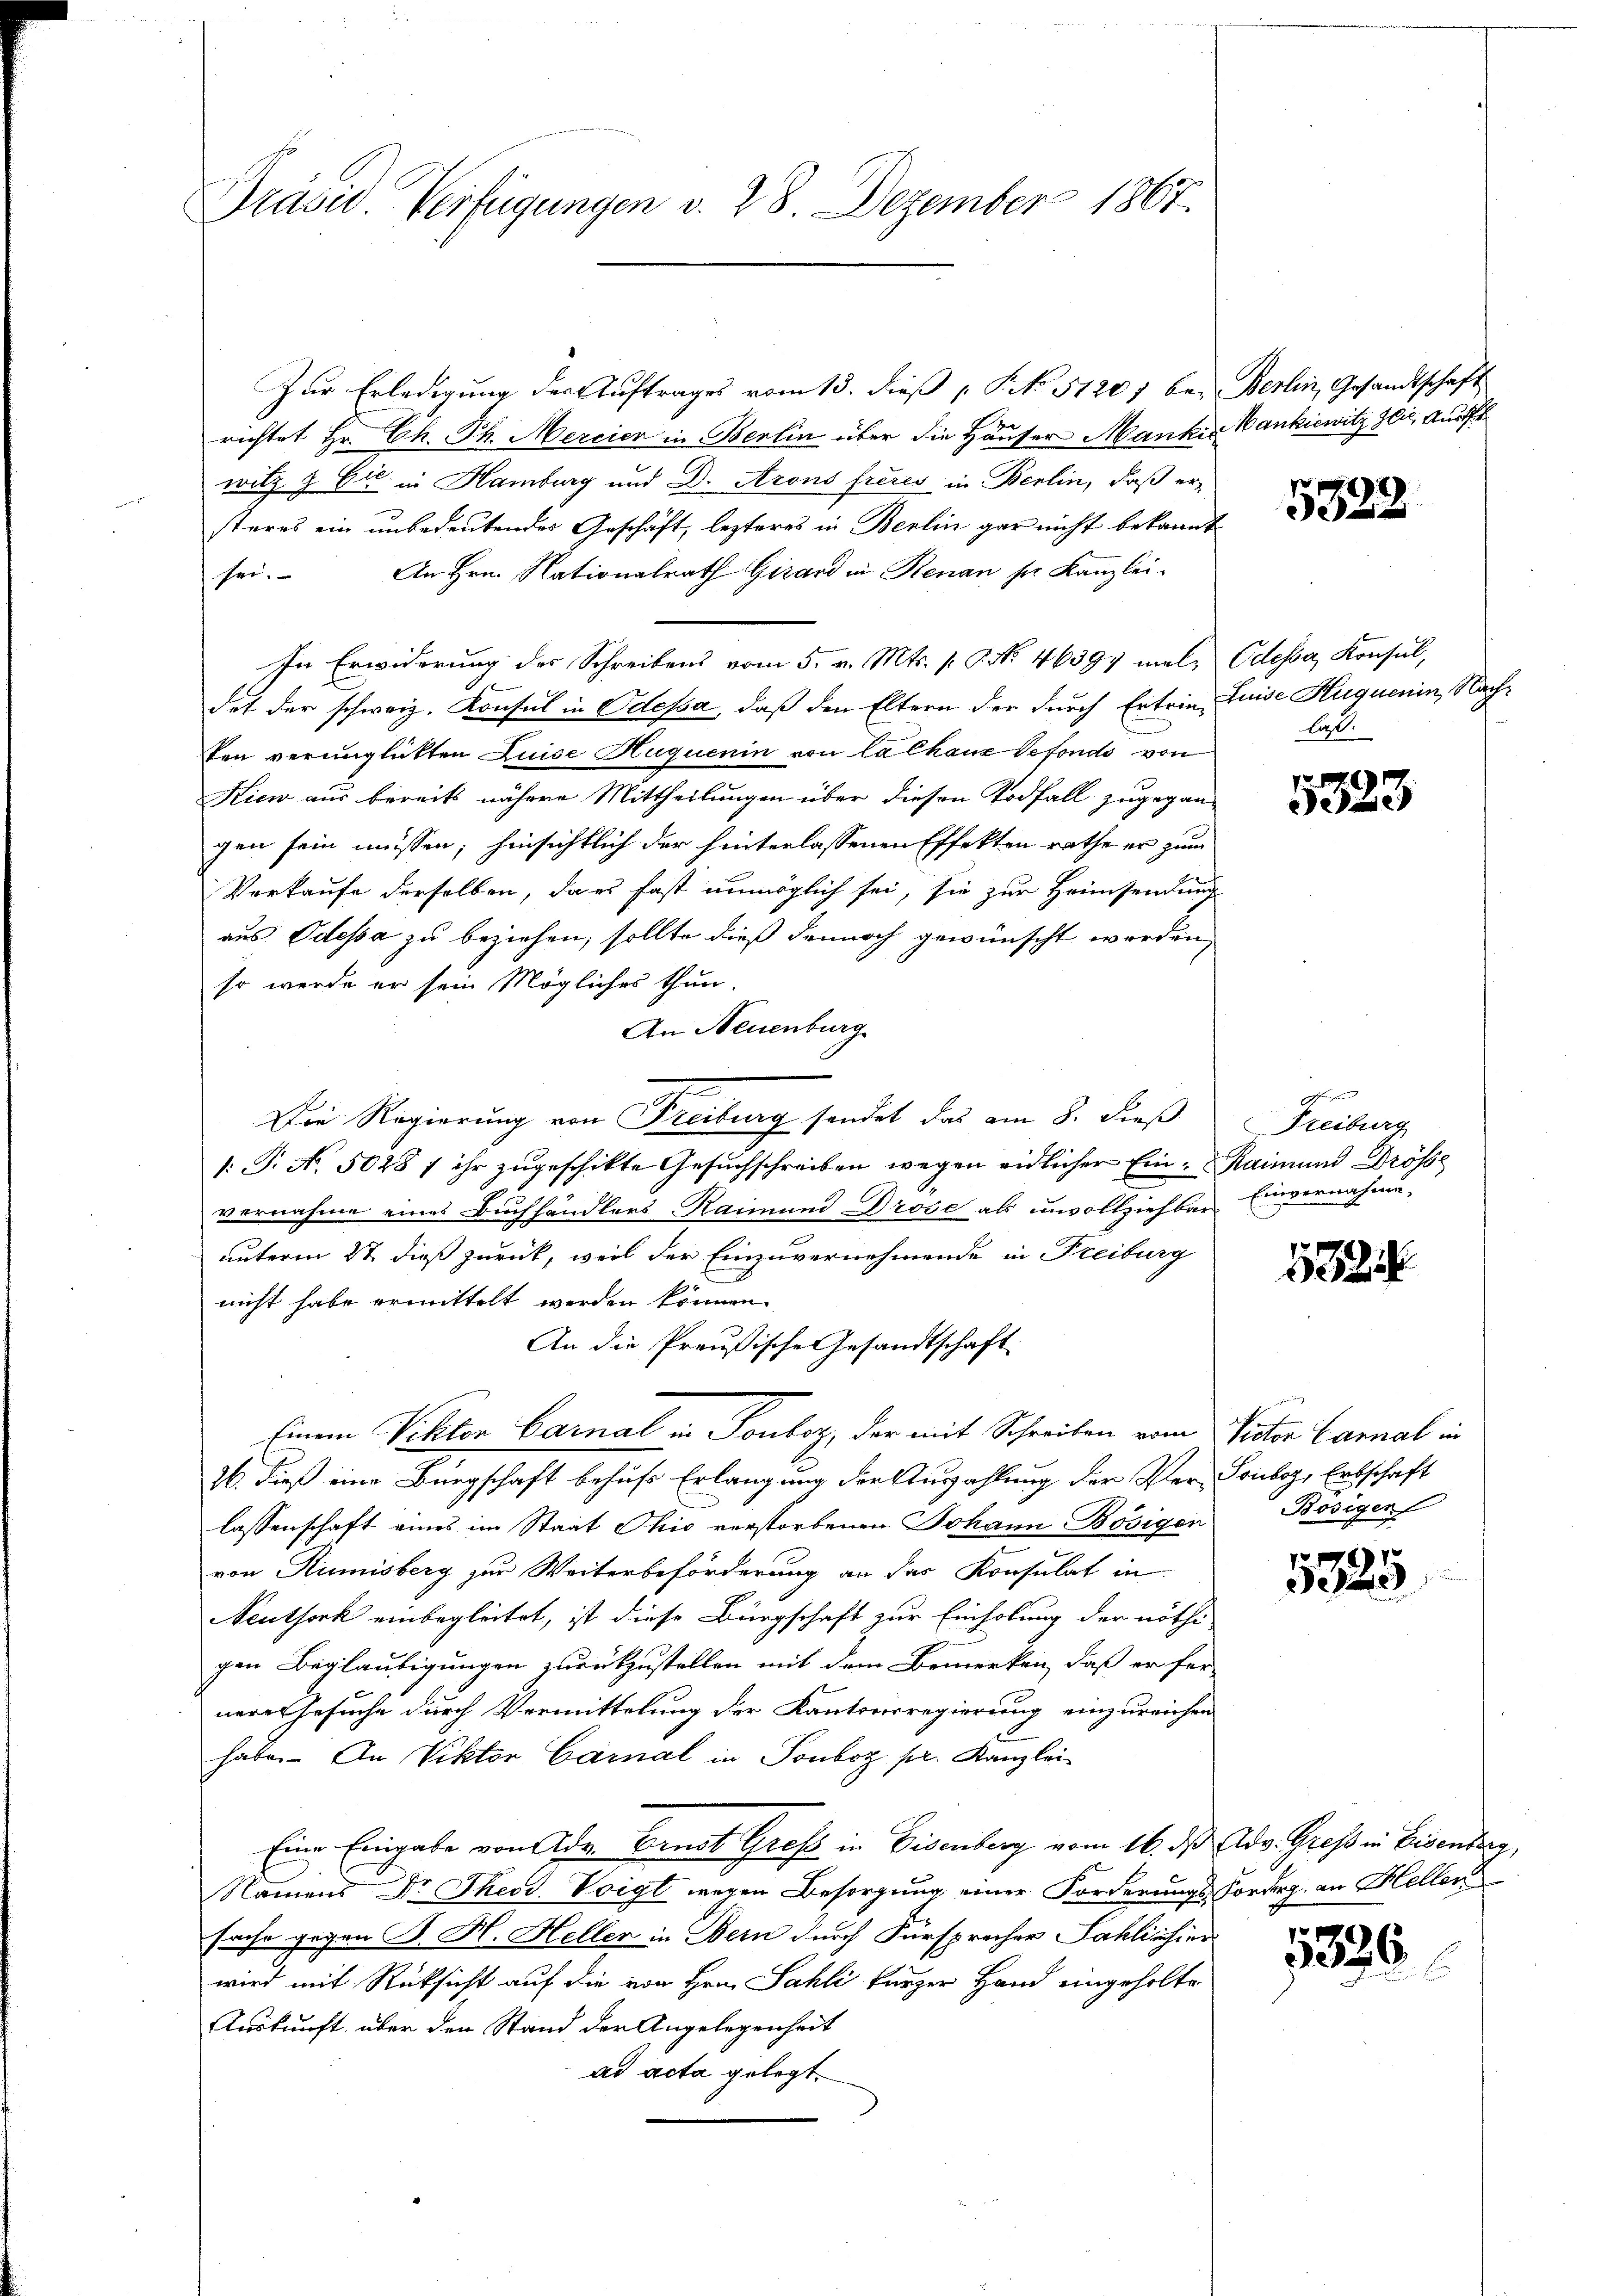
Präsid. Verfügungen d. 28. Dezember 1867.

Zur Erledigung des Auftrages vom 13. dieß P. No 51201 bei Berlin, Gesandtschaft
richtet Hr. Ch. Ph. Mercier in Berlin über die Häuser Mankes Bankiewitz sei, Ausf
will & Eic. in Hamburg und Dr. Arons frères in Berlin, daß ersteres ein unbedeutendes Geschäft, lezteres in Berlin gar nicht bekannt
An Hrn. Nationalrath Girard in Renau ser Kanzlei-
sei.
In Erwiderung des Schreibens vom 5. v. Mts. v. P. Nr. 46397 male Odessa, Konsul,
dot der schweiz. Konsul in Odessa, daß den Eltern der durch Ertrin, Luise Huquenin, Nachten verunglickten Luise Huquenin von la chanz Defonds von
Kiew aus bereits nähere Mittheilungen über diesen Todfall zugegangen sein müssen; hinsichtlich der hinterlassenen Effekten rathe er zum
Verkaufe derselben, da es fast unmöglich sei, sie zur Heimsendung
aus Odessa zu beziehen, sollte dieß dennoch gewünscht werden,
so werde er sein Mögliches thun.
An Neuenburg
Die Regierung von Freiburg sendet das am 8. dieß
/: P. N. 5028 f ihr zugeschikte Gesuchschreiben wegen eidlicher Ein- Raimund Drösse
vernahme eines Buchhändlers-Raimund Drose als unvollziehbar Einvernahme-
unterm 27. dieß zurück, weil der Einzuvernehmende in Freiburg
69 x
nicht habe ermittelt werden können.
An die Preußische Gesandtschaft
Einem Viktor Carnal in Tonboz, der mit Schreiben vom Victor Carnal in
26. dieß eine Bürgschaft behufs Erlangung der Auszahlung der Ver-Souboz, Erbschaft
lassenschaft eines im Staat Ohio verstorbenen Johann Bösigen Bösigen
von Rumisberg zur Weiterbeförderung an das Konsulat in
Neuthork einbegleitet, ist diese Bürgschaft zur Einholung der nöthi
gen Beglaubigungen zurückzustellen mit dem Bemerken, daß er fer-
nere Gesuche durch Vermittelung der Kantonsregierung einzureichen
habe. An Viktor Carnal in Tonboz pr. Kanzlei
Eine Eingabe von dr. Brust Graf in Eisenberg vom 16. ds Adv. Greß in Eisenberg,
Namens Dr. Theod. Voigt wegen Besorgung einer Forderungs Forderg. an Hellen
sache gegen K. H. Heller in Bern durch Fürsprecher Sahlischier
wird mit Rücksicht auf die von Hrn. Sahli kurzer Hand eingeholte
Auskunft über den Stand der Angelegenheit
ad acta gelegt.

5328

laß.

5323

Freiburg

1825

1
e

1336